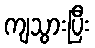
ကျသွားပြီး